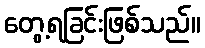
တွေ့ရခြင်းဖြစ်သည်။